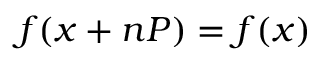
f ( x + n P ) = f ( x )